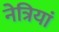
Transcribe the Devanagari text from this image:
नेत्रियां